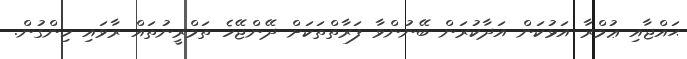
ޙައްޖާއި ޢުމްރާ އަޅުކަން އަދާކުރަން ބޭނުންވާ ފަރާތްތަކަށް ދޭންޖޭހެ ތަމްރީނުތައް ރާވައި ހިންގުން.